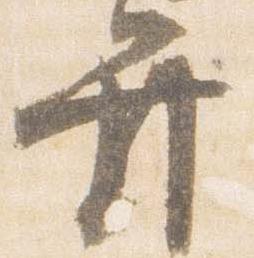
弁